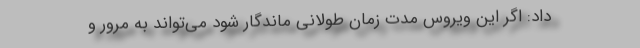
داد: اگر این ویروس مدت زمان طولانی ماندگار شود می‌تواند به مرور و